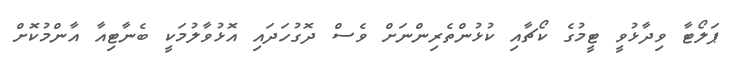
ޕަލޯޓާ ވިދާޅުވީ ޓީމުގެ ކޯޗާއި ކުޅުންތެރިންނަށް ވެސް ދޮގުހަދައި އޮޅުވާލުމަކީ ބެނާޓިއާ އާންމުކޮށް